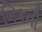
બિકની